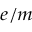
\scriptstyle { e / m }